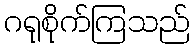
ဂရုစိုက်ကြသည်